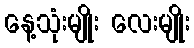
နေ့သုံးမျိုး လေးမျိုး